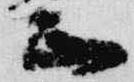
正